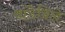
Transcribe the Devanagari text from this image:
वॉडेविले